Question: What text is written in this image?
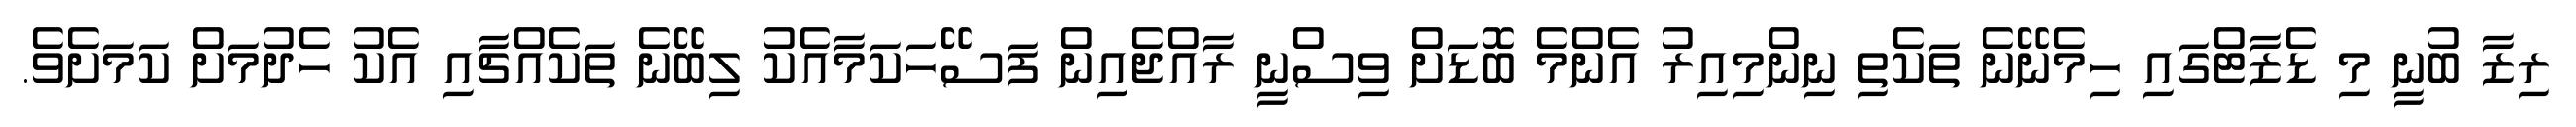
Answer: ރިޒާ ބުނީ މި ޑެޒާޓްގައި ހިމެނޭނެ ތަކެތި ނިންމިއިރު އެންމެ ބޮޑަށް ވިސްނީ ރާއްޖެއިން ފަސޭހަކަމާއެކު ލިބޭނެ ތަކެއްޗާއި އެކު ހެދުމަށް ކަމަށެވެ.